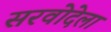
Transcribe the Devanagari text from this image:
सरवोदेला